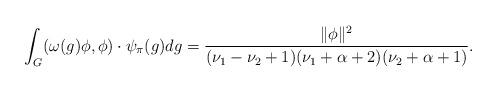
LaTeX: \begin{align*}\int_G(\omega(g)\phi,\phi) \cdot \psi_{\pi}(g)dg=\frac{\|\phi\|^2}{(\nu_1-\nu_2+1)(\nu_1+\alpha+2)(\nu_2+\alpha+1)}.\end{align*}